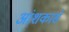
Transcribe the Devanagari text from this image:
आंशकासे